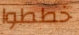
خططوا